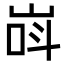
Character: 㟕